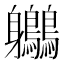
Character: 𪈬